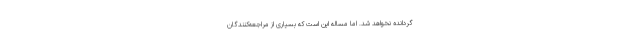
گردانده نخواهد شد. اما مساله این است که بسیاری از مراجعه‌کنندگان‌ِ